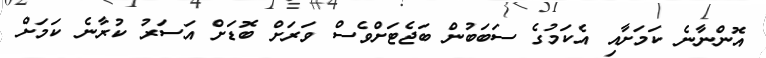
އޮންނާނެ ކަމަށާއި އެކަމުގެ ސަބަބުން ބަޖެޓަށްވެސް ވަރަށް ބޮޑަށް އަސަރު ކުރާނެ ކަމަށް